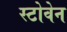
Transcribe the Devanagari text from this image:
स्टोवेन